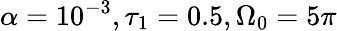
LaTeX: \alpha=10^{-3},\tau_{1}=0.5,\Omega_{0}=5\pi